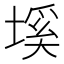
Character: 𡏛